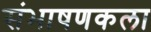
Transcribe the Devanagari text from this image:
संभाषणकला